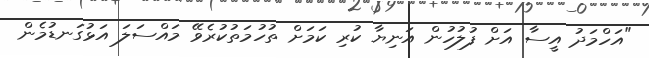
"އަހްމަދު އީސާ އަށް ފުލުހުން އަނިޔާ ކުރި ކަމަށް ތުހުމަތުކުރެވޭ މައްސަލަ އަޅުގަނޑުމެން